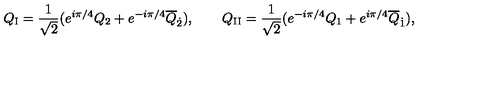
Q _ { \mathrm { I } } = \frac { 1 } { \sqrt { 2 } } ( e ^ { i \pi / 4 } Q _ { 2 } + e ^ { - i \pi / 4 } \overline { { Q } } _ { \dot { 2 } } ) , \qquad Q _ { \mathrm { I I } } = \frac { 1 } { \sqrt { 2 } } ( e ^ { - i \pi / 4 } Q _ { 1 } + e ^ { i \pi / 4 } \overline { { Q } } _ { \dot { 1 } } ) ,